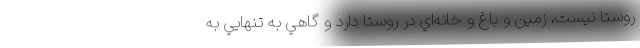
روستا نيست، زمين و باغ و خانه‌اي در روستا دارد و گاهي به تنهايي به